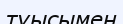
туысымен